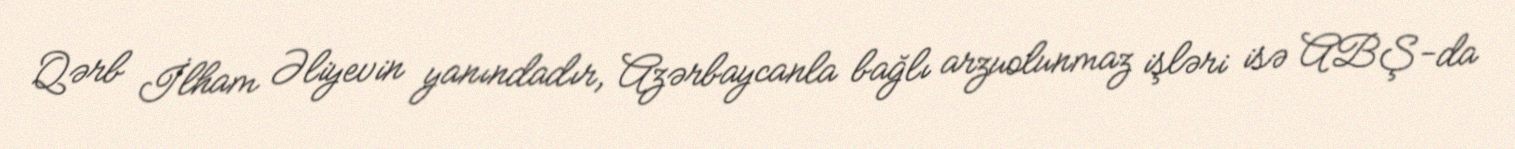
Qərb İlham Əliyevin yanındadır, Azərbaycanla bağlı arzuolunmaz işləri isə ABŞ-da